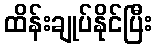
ထိန်းချုပ်နိုင်ပြီး